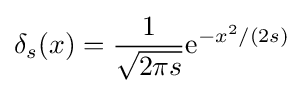
\delta _{s}(x)={\frac {1}{\sqrt {2\pi s}}}\mathrm {e} ^{-x^{2}/(2s)}